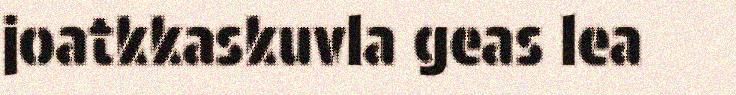
joatkkaskuvla geas lea